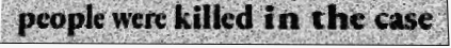
people were killed in the case